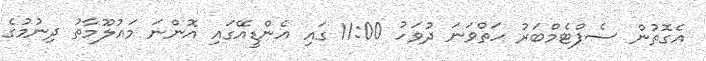
އެގޮތުން ސެޕްޓެމްބަރު ހަތްވަނަ ދުވަހު 11:00 ގައި އެންޑީއޭގައި އޮންނަ މައުލޫމާތު ދިނުމުގެ